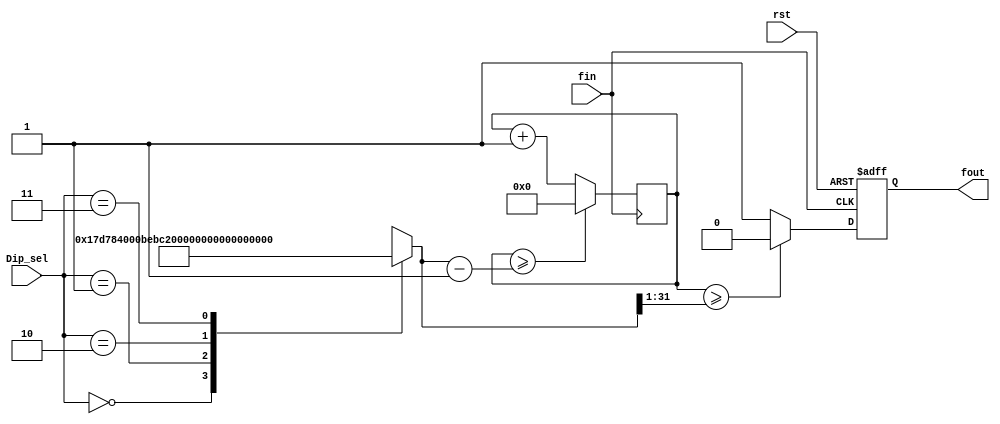
module FDIV(Dip_sel,rst,fin,fout);
	input [1:0] Dip_sel;
	input fin,rst;
	output fout;
	wire [31:0] _DIVN;
	reg [31:0] count,DIVN;
	reg fout;
	
	always @(Dip_sel)
		case(Dip_sel)
			2'b00: DIVN=32'd25000000;
			2'b01: DIVN=32'd12500000;
			2'b10: DIVN=32'd8333333;
			2'b11: DIVN=32'd6250000;
		endcase
		
	assign _DIVN = DIVN >>1;
	
	always @(posedge fin)
		if(count>=DIVN-1) 
			count=0;
		else
			count = count +1;
	always @ (posedge fin or posedge rst)
		if(rst)
			fout=0;
		else if(count>=_DIVN)
				fout=0;
			else
				fout=1'd1;
endmodule